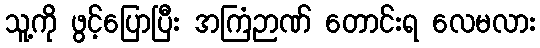
သူ့ကို ဖွင့်ပြောပြီး အကြံဉာဏ် တောင်းရ လေမလား